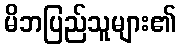
မိဘပြည်သူများ၏